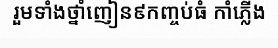
រួមទាំងថ្នាំញៀន៩កញ្ចប់ធំ កាំភ្លើង